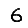
Digit: 6